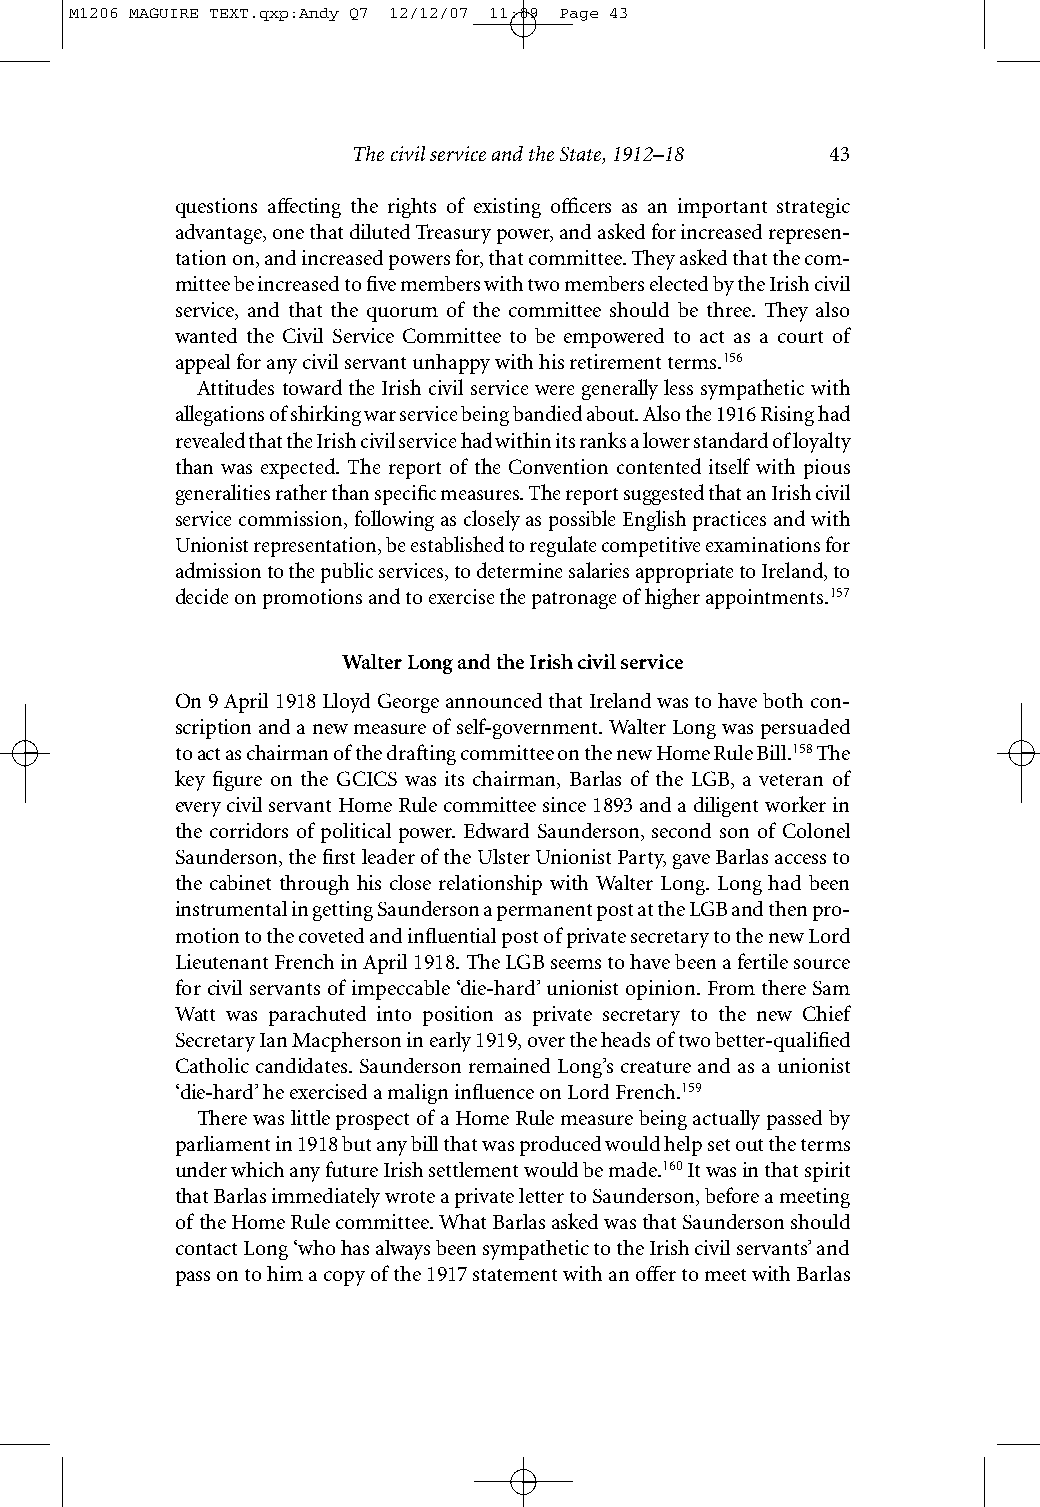
M1206 MAGUIRE TEXT.qxp:Andy Q7 12/12/07 11:09 Page 43
 The civil service and the State, 1912–18 43
 questions affecting the rights of existing officers as an important strategic
 advantage, one that diluted Treasury power, and asked for increased represen-
 tation on, and increased powers for, that committee. They asked that the com-
 mittee be increased to five members with two members elected by the Irish civil
 service, and that the quorum of the committee should be three. They also
 wanted the Civil Service Committee to be empowered to act as a court of
 appeal for any civil servant unhappy with his retirement terms.156
 Attitudes toward the Irish civil service were generally less sympathetic with
 allegations of shirking war service being bandied about. Also the 1916 Rising had
 revealed that the Irish civil service had within its ranks a lower standard of loyalty
 than was expected. The report of the Convention contented itself with pious
 generalities rather than specific measures. The report suggested that an Irish civil
 service commission, following as closely as possible English practices and with
 Unionist representation, be established to regulate competitive examinations for
 admission to the public services, to determine salaries appropriate to Ireland, to
 decide on promotions and to exercise the patronage of higher appointments.157
 Walter Long and the Irish civil service
 On 9 April 1918 Lloyd George announced that Ireland was to have both con-
 scription and a new measure of self-government. Walter Long was persuaded
 to act as chairman of the drafting committee on the new Home Rule Bill.158The
 key figure on the GCICS was its chairman, Barlas of the LGB, a veteran of
 everycivil servant Home Rule committee since 1893 and a diligent worker in
 the corridors of political power. Edward Saunderson, second son of Colonel
 Saunderson, the first leader of the Ulster Unionist Party, gave Barlas access to
 the cabinet through his close relationship with Walter Long. Long had been
 instrumental in getting Saunderson a permanent post at the LGB and then pro-
 motion to the coveted and influential post of private secretary to the new Lord
 Lieutenant French in April 1918. The LGB seems to have been a fertile source
 for civil servants of impeccable ‘die-hard’ unionist opinion. From there Sam
 Watt was parachuted into position as private secretary to the new Chief
 Secretary Ian Macpherson in early 1919, over the heads of two better-qualified
 Catholic candidates. Saunderson remained Long’s creature and as a unionist
 ‘die-hard’ he exercised a malign influence on Lord French.159
 There was little prospect of a Home Rule measure being actually passed by
 parliament in 1918 but any bill that was produced would help set out the terms
 under which any future Irish settlement would be made.160It was in that spirit
 that Barlas immediately wrote a private letter to Saunderson, before a meeting
 of the Home Rule committee. What Barlas asked was that Saunderson should
 contact Long ‘who has always been sympathetic to the Irish civil servants’ and
 pass on to him a copy of the 1917 statement with an offer to meet with Barlas